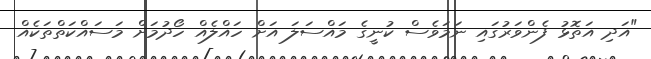
"އަދި އަތޮޅު ފެންވަރުގައި ނަމަވެސް ކުނީގެ މައްސަލަ އަށް ހައްލެއް ހޯދުމަށް މަސައްކަތްތަކެއް